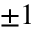
\pm 1